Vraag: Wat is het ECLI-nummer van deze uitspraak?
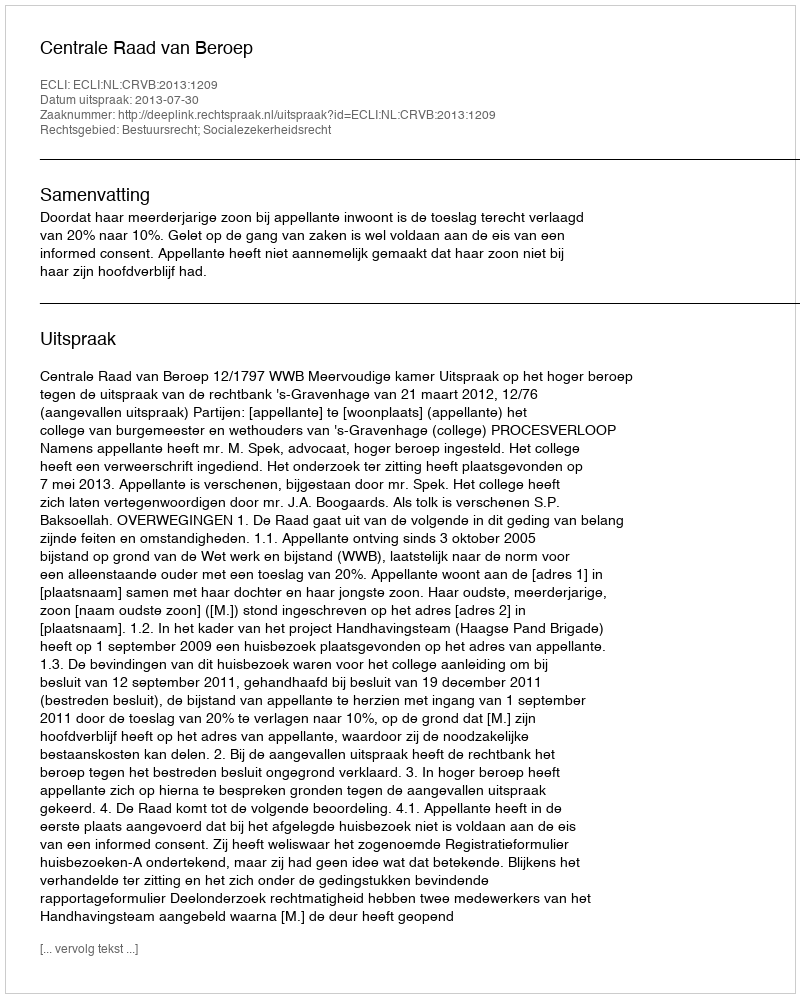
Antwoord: ECLI:NL:CRVB:2013:1209